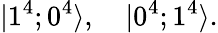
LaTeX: |1^{4};0^{4}\rangle,\quad|0^{4};1^{4}\rangle.